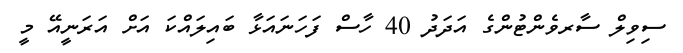
ސިވިލް ސާރވެންޓުންގެ އަދަދު 40 ހާސް ފަހަނައަޅާ ބައިލައްކަ އަށް އަރަނީއޭ މީ